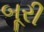
બૂરી